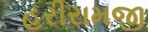
હરીરામજી